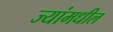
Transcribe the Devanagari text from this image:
ज्यांमधील